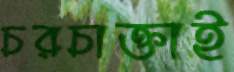
চরচাক্তাই